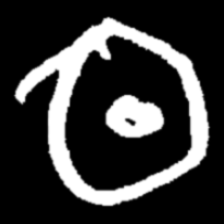
Pyu character \u2014 Myanmar letter: ထ (romanized: tha)